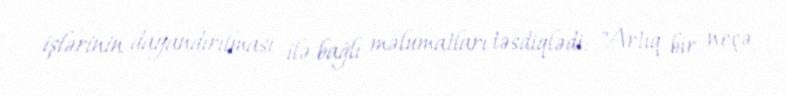
işlərinin dayandırılması ilə bağlı məlumatları təsdiqlədi: "Artıq bir neçə